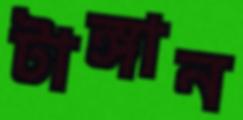
টাঙ্গান